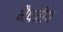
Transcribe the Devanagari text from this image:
भैषजीय